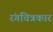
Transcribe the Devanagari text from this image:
रंगचित्रकार